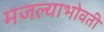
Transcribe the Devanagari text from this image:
मजल्याभोवती